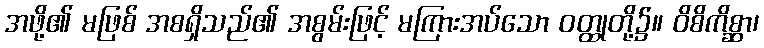
အဖို့၏ မဖြစ် အစရှိသည်၏ အစွမ်းဖြင့် မကြားအပ်သော ဝတ္ထုတို့၌။ ဝိစိကိစ္ဆာ၊